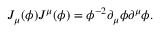
J _ { \mu } ( \phi ) J ^ { \mu } ( \phi ) = \phi ^ { - 2 } \partial _ { \mu } \phi \partial ^ { \mu } \phi .